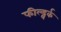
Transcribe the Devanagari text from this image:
फील्ड्वर्क